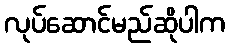
လုပ်ဆောင်မည်ဆိုပါက